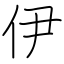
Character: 伊